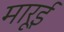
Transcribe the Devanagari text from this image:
मारूई